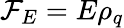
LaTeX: {\cal F}_{E}=E\rho_{q}